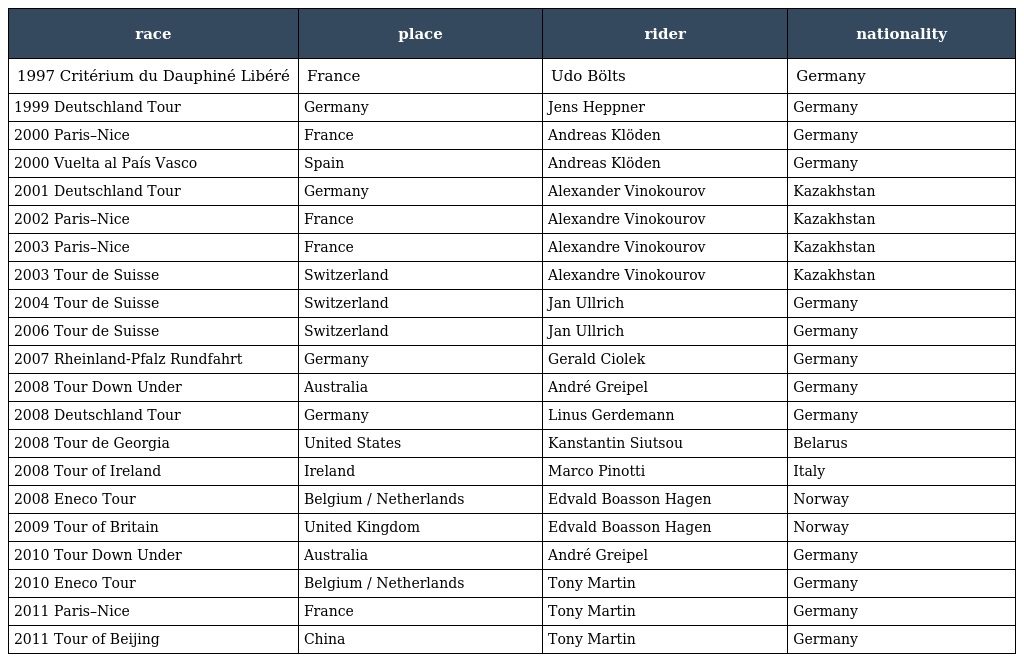
| race | place | rider | nationality |
 | --- | --- | --- | --- |
 | 1997 Critérium du Dauphiné Libéré | France | Udo Bölts | Germany |
 | 1999 Deutschland Tour | Germany | Jens Heppner | Germany |
 | 2000 Paris–Nice | France | Andreas Klöden | Germany |
 | 2000 Vuelta al País Vasco | Spain | Andreas Klöden | Germany |
 | 2001 Deutschland Tour | Germany | Alexander Vinokourov | Kazakhstan |
 | 2002 Paris–Nice | France | Alexandre Vinokourov | Kazakhstan |
 | 2003 Paris–Nice | France | Alexandre Vinokourov | Kazakhstan |
 | 2003 Tour de Suisse | Switzerland | Alexandre Vinokourov | Kazakhstan |
 | 2004 Tour de Suisse | Switzerland | Jan Ullrich | Germany |
 | 2006 Tour de Suisse | Switzerland | Jan Ullrich | Germany |
 | 2007 Rheinland-Pfalz Rundfahrt | Germany | Gerald Ciolek | Germany |
 | 2008 Tour Down Under | Australia | André Greipel | Germany |
 | 2008 Deutschland Tour | Germany | Linus Gerdemann | Germany |
 | 2008 Tour de Georgia | United States | Kanstantin Siutsou | Belarus |
 | 2008 Tour of Ireland | Ireland | Marco Pinotti | Italy |
 | 2008 Eneco Tour | Belgium / Netherlands | Edvald Boasson Hagen | Norway |
 | 2009 Tour of Britain | United Kingdom | Edvald Boasson Hagen | Norway |
 | 2010 Tour Down Under | Australia | André Greipel | Germany |
 | 2010 Eneco Tour | Belgium / Netherlands | Tony Martin | Germany |
 | 2011 Paris–Nice | France | Tony Martin | Germany |
 | 2011 Tour of Beijing | China | Tony Martin | Germany |